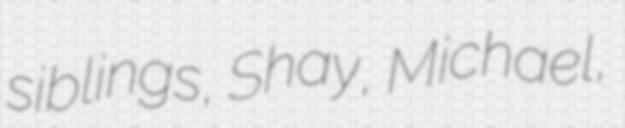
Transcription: siblings, Shay, Michael,